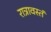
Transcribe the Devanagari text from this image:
रात्रावस्तं